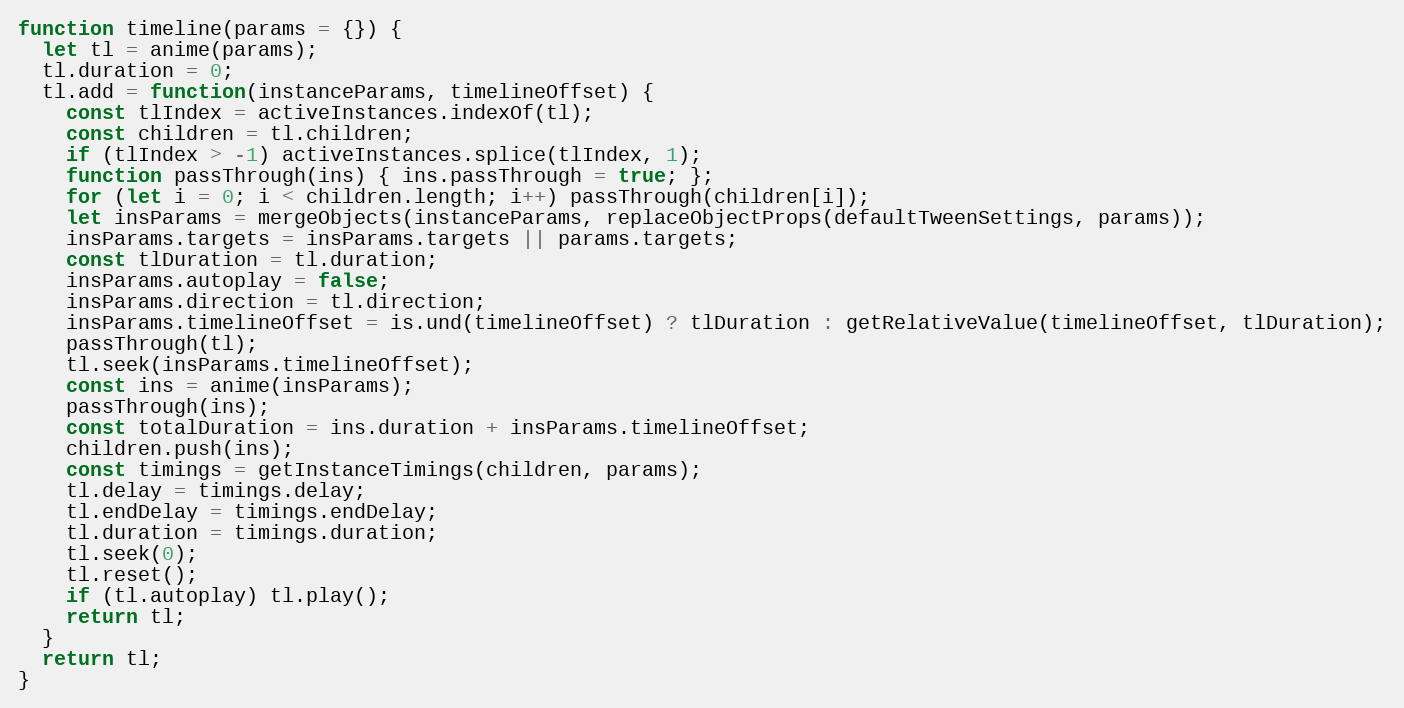
Language: JavaScript
function timeline(params = {}) {
  let tl = anime(params);
  tl.duration = 0;
  tl.add = function(instanceParams, timelineOffset) {
    const tlIndex = activeInstances.indexOf(tl);
    const children = tl.children;
    if (tlIndex > -1) activeInstances.splice(tlIndex, 1);
    function passThrough(ins) { ins.passThrough = true; };
    for (let i = 0; i < children.length; i++) passThrough(children[i]);
    let insParams = mergeObjects(instanceParams, replaceObjectProps(defaultTweenSettings, params));
    insParams.targets = insParams.targets || params.targets;
    const tlDuration = tl.duration;
    insParams.autoplay = false;
    insParams.direction = tl.direction;
    insParams.timelineOffset = is.und(timelineOffset) ? tlDuration : getRelativeValue(timelineOffset, tlDuration);
    passThrough(tl);
    tl.seek(insParams.timelineOffset);
    const ins = anime(insParams);
    passThrough(ins);
    const totalDuration = ins.duration + insParams.timelineOffset;
    children.push(ins);
    const timings = getInstanceTimings(children, params);
    tl.delay = timings.delay;
    tl.endDelay = timings.endDelay;
    tl.duration = timings.duration;
    tl.seek(0);
    tl.reset();
    if (tl.autoplay) tl.play();
    return tl;
  }
  return tl;
}